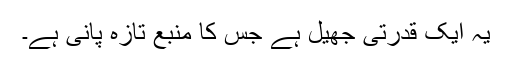
یہ ایک قدرتی جھیل ہے جس کا منبع تازہ پانی ہے۔